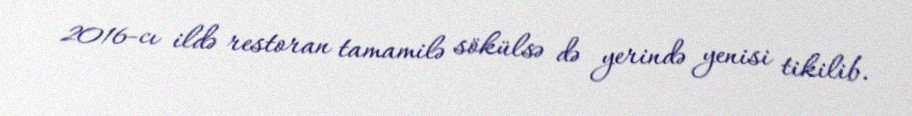
2016-cı ildə restoran tamamilə sökülsə də yerində yenisi tikilib.